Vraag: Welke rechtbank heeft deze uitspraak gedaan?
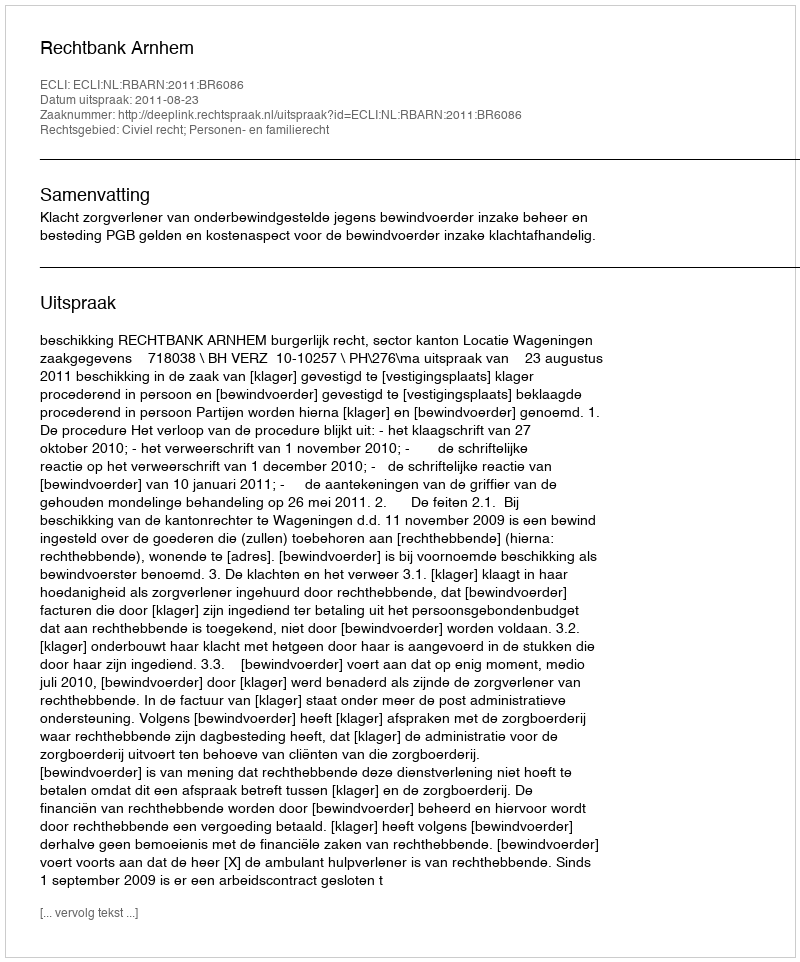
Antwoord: Rechtbank Arnhem